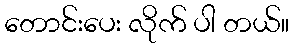
တောင်းပေး လိုက် ပါ တယ်။